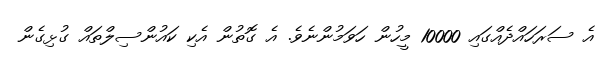
އެ ސަރަހައްދެއްގައި 10000 މީހުން ހަވަމުންނެވެ. އެ ގޮތުން އެކި ކައުންސިލްތައް ގުޅިގެން